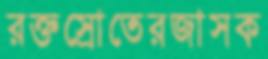
রক্তস্রোতেরজাসক